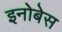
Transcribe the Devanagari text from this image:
इनोबेस